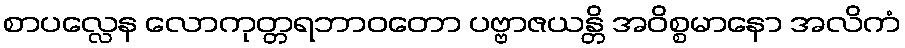
စာပလ္လေန လောကုတ္တရဘာဝတော ပဗ္ဗာဇယန္တိ အဝိစ္စမာနော အလိကံ